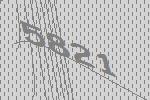
5821